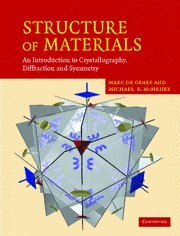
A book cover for Structure of Materials: An Introduction to Crystallography, Diffraction and Symmetry; Marc De Graef; Science & Math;